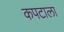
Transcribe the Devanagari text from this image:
कपटाला